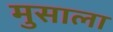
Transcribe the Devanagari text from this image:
मुसाला